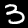
Label: 3